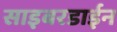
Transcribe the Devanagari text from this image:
साइबरडाईन